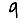
Digit: 9